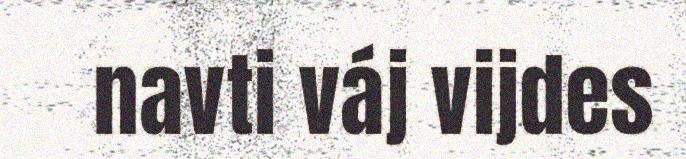
navti váj vijdes